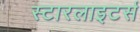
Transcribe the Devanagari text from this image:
स्टारलाइटर्स